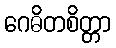
ဂေဓိတစိတ္တာ